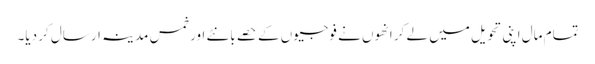
تمام مال اپنی تحویل میں لے کر انھوں نے فوجیوں کے حصے بانٹے اور خمس مدینہ ارسال کر دیا۔